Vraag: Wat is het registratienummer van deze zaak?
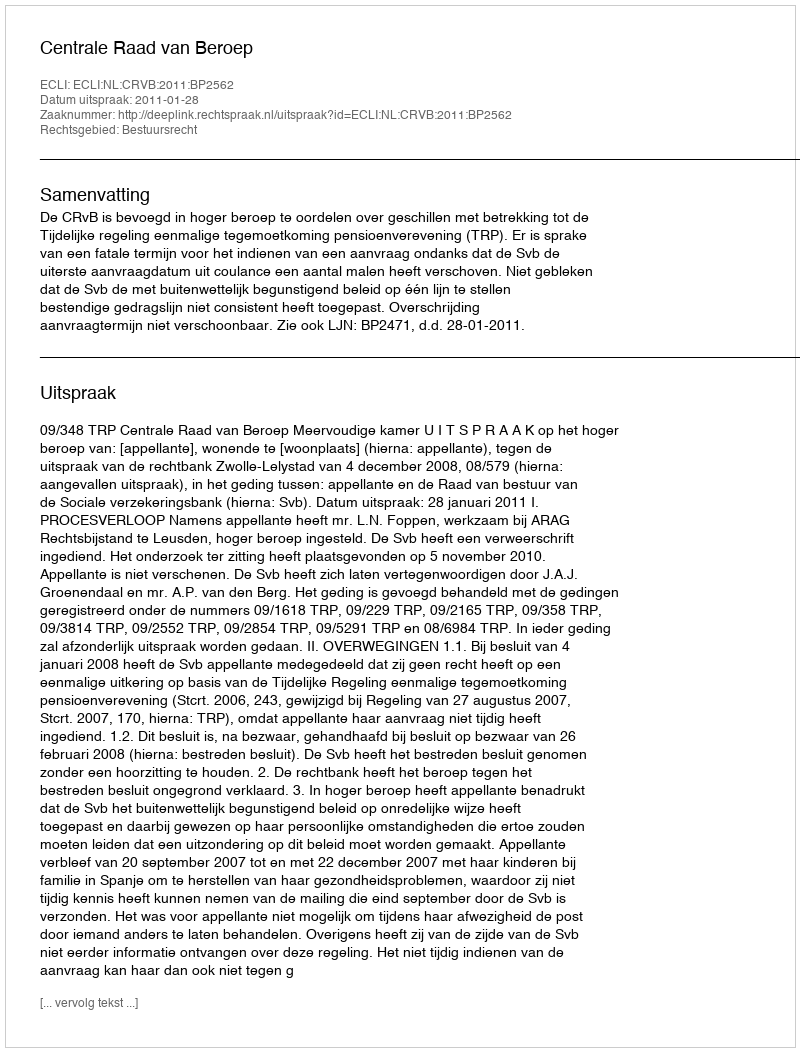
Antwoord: http://deeplink.rechtspraak.nl/uitspraak?id=ECLI:NL:CRVB:2011:BP2562